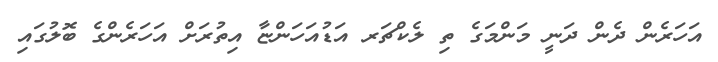
އަހަރެން ދެން ދަނީ މަންމަގެ ތި ލެކްޗަރ އަޑުއަހަންޏާ އިތުރަށް އަހަރެންގެ ބޮލުގައި